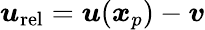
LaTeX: \boldsymbol{u}_{\mathrm{rel}}=\boldsymbol{u}(\boldsymbol{x}_{p})-\boldsymbol{v}